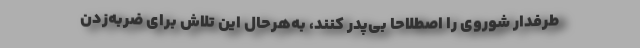
طرفدار شوروی را اصطلاحا بی‌پدر كنند، به‌هر‌حال این تلاش برای ضربه‌زدن